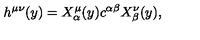
h ^ { \mu \nu } ( y ) = X _ { \alpha } ^ { \mu } ( y ) c ^ { \alpha \beta } X _ { \beta } ^ { \nu } ( y ) ,